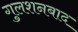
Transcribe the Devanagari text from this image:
गुलशनबाद